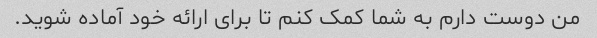
من دوست دارم به شما کمک کنم تا برای ارائه خود آماده شوید.